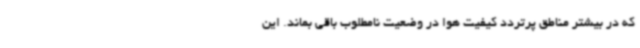
که در بیشتر مناطق پرتردد کیفیت هوا در وضعیت نامطلوب باقی بماند. این